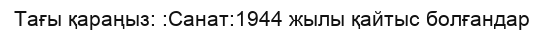
Тағы қараңыз: :Санат:1944 жылы қайтыс болғандар